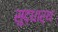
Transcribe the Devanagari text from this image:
सुद्धार्थ